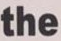
the